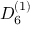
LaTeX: { D } _ { 6 } ^ { ( 1 ) }